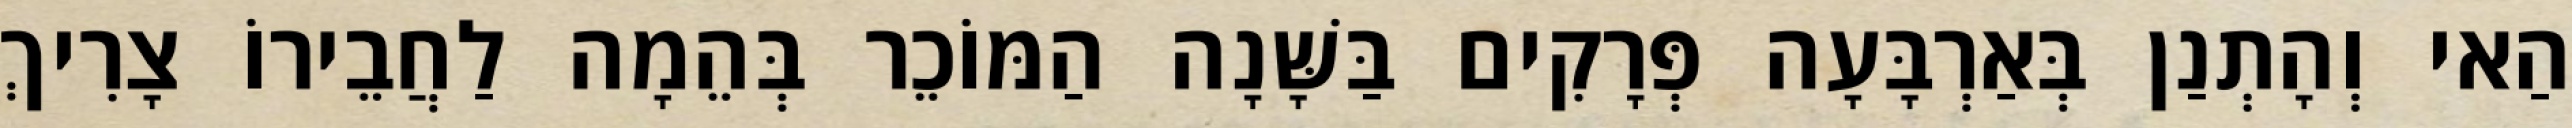
הַאי וְהָתְנַן בְּאַרְבָּעָה פְּרָקִים בַּשָּׁנָה הַמּוֹכֵר בְּהֵמָה לַחֲבֵירוֹ צָרִיךְ